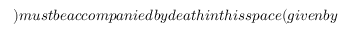
) m u s t b e a c c o m p a n i e d b y d e a t h i n t h i s s p a c e ( g i v e n b y